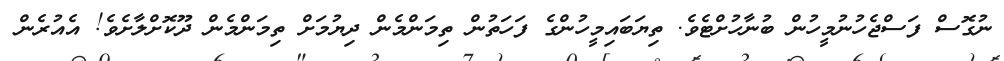
ނުގޮސް ފަސްޖެހުނުމީހުން ބުނާހުށްޓެވެ. ތިޔަބައިމީހުންގެ ފަހަތުން ތިމަންމެން ދިޔުމަށް ތިމަންމެން ދޫކޮށްލާށެވެ! އެއުރެން